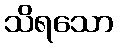
သိရသော